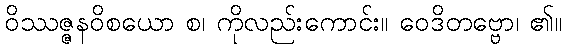
ဝိဿဇ္ဇနဝိစယော စ၊ ကိုလည်းကောင်း။ ဝေဒိတဗ္ဗော၊ ၏။